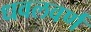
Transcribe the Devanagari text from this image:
धवलवर्ण